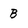
Character: B